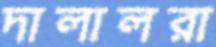
দালালরা